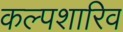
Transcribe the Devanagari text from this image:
कल्पशारिव